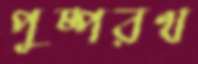
পুষ্পরথ